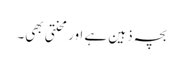
بچہ ذہین ہے اور محنتی بھی۔